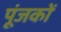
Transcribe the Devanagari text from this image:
पूंजकों